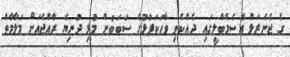
ގެ ޖެނެރަލް އެސެމްބްލީގައި ދެއްކެވި ވާހަކަފުޅުގެ ސަބަބުން މުޅި ދުނިޔެ ރާއްޖެއަށް މަލާމާތް